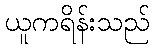
ယူကရိန်းသည်